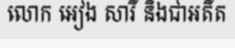
លោក អៀង សារី និងជាអតីត